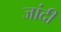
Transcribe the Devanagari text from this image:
जांदी